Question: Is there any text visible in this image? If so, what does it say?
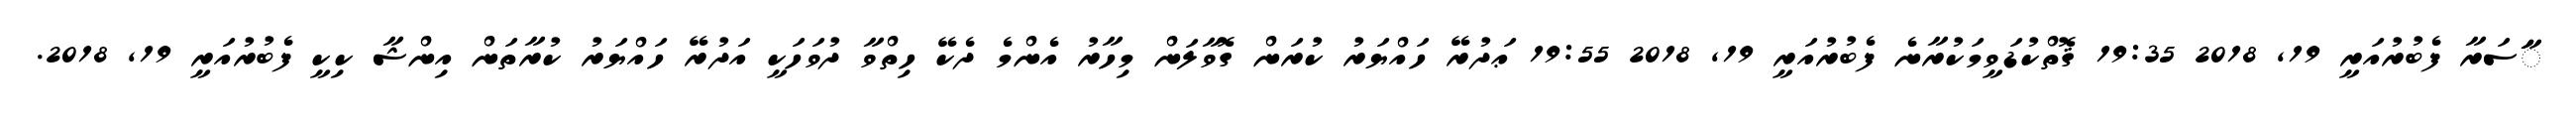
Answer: ާަަސަރާ ފެބުރުއަރީ 19, 2018 19:35 ޤޮތްކުޑަވީމަކުރާނެ ފެބުރުއަރީ 19, 2018 19:55 ޢަދުރޭ ހައްޔަރު ކުރަން ގޮވާލަން މިހާރު އެންމެ ދެކޭ ހިތްވާ ދުވަހަކީ އަދުރޭ ހައްޔަރު ކުރާތަން އިންޝާ ކިކީ ފެބުރުއަރީ 19, 2018.